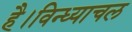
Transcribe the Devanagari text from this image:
है।विन्ध्याचल